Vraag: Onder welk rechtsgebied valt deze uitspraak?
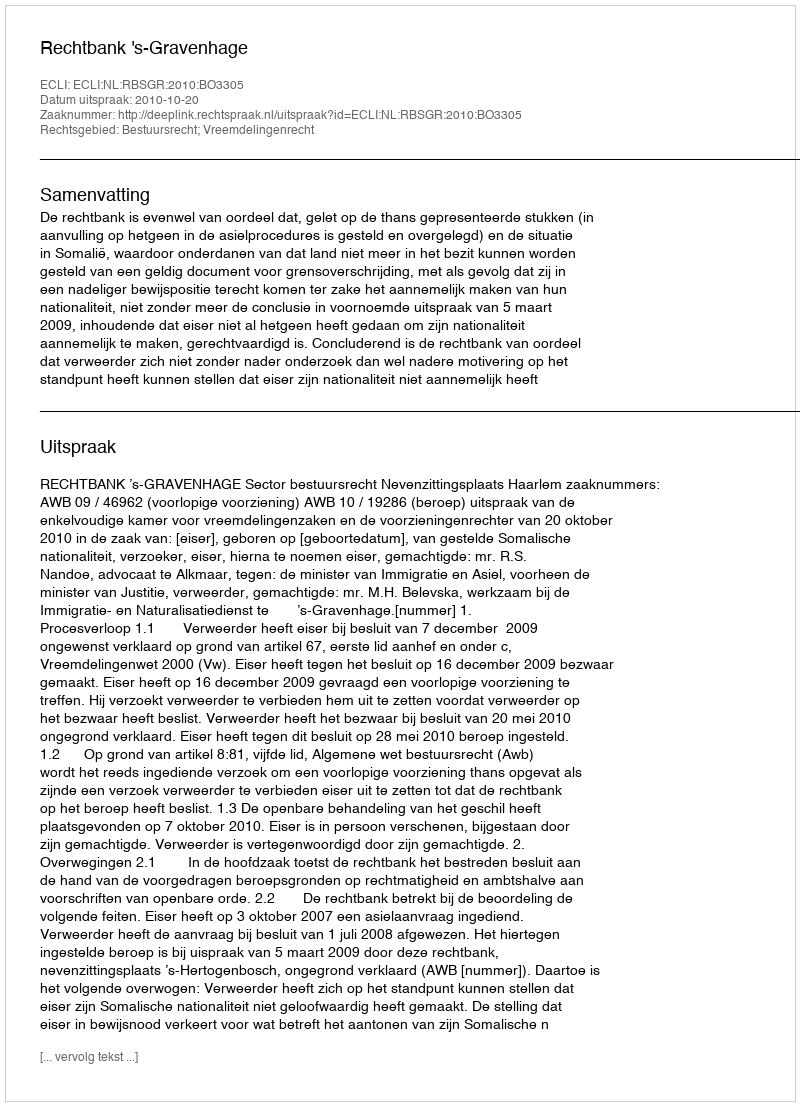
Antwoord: Bestuursrecht; Vreemdelingenrecht